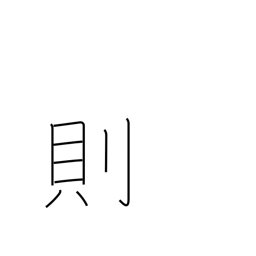
Meaning: model after